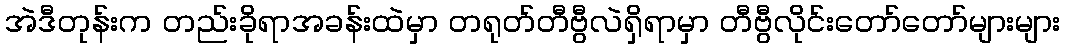
အဲဒီတုန်းက တည်းခိုရာအခန်းထဲမှာ တရုတ်တီဗွီလဲရှိရာမှာ တီဗွီလိုင်းတော်တော်များများ